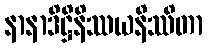
နာနာဒိဋ္ဌိနိဿယနိဿိတာ